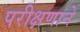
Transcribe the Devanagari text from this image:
परीक्षणाने